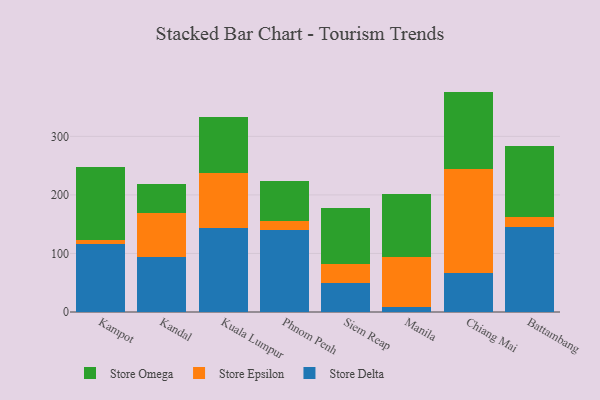
{"axis": {"x": "City", "y": "Churn Rate (%)"}, "legend": ["Store Delta", "Store Epsilon", "Store Omega"], "data": [{"x": "Kampot", "y": 115.7, "type": "Store Delta"}, {"x": "Kampot", "y": 7.5, "type": "Store Epsilon"}, {"x": "Kampot", "y": 124.1, "type": "Store Omega"}, {"x": "Kandal", "y": 94.4, "type": "Store Delta"}, {"x": "Kandal", "y": 74.6, "type": "Store Epsilon"}, {"x": "Kandal", "y": 49.9, "type": "Store Omega"}, {"x": "Kuala Lumpur", "y": 143.9, "type": "Store Delta"}, {"x": "Kuala Lumpur", "y": 93.5, "type": "Store Epsilon"}, {"x": "Kuala Lumpur", "y": 95.3, "type": "Store Omega"}, {"x": "Phnom Penh", "y": 140.4, "type": "Store Delta"}, {"x": "Phnom Penh", "y": 15.3, "type": "Store Epsilon"}, {"x": "Phnom Penh", "y": 68.8, "type": "Store Omega"}, {"x": "Siem Reap", "y": 50.3, "type": "Store Delta"}, {"x": "Siem Reap", "y": 32.2, "type": "Store Epsilon"}, {"x": "Siem Reap", "y": 95.6, "type": "Store Omega"}, {"x": "Manila", "y": 9.0, "type": "Store Delta"}, {"x": "Manila", "y": 84.9, "type": "Store Epsilon"}, {"x": "Manila", "y": 108.0, "type": "Store Omega"}, {"x": "Chiang Mai", "y": 66.1, "type": "Store Delta"}, {"x": "Chiang Mai", "y": 179.0, "type": "Store Epsilon"}, {"x": "Chiang Mai", "y": 131.4, "type": "Store Omega"}, {"x": "Battambang", "y": 145.6, "type": "Store Delta"}, {"x": "Battambang", "y": 17.5, "type": "Store Epsilon"}, {"x": "Battambang", "y": 120.2, "type": "Store Omega"}]}